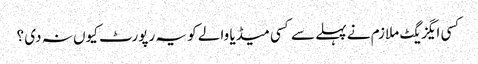
کسی ایگزیگٹ ملازم نے پہلے سے کسی میڈیا والے کو یہ رپورٹ کیوں نہ دی ؟